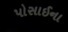
પોસાઈના